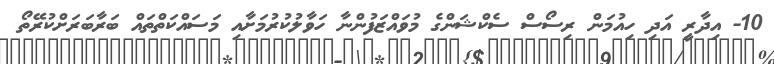
10- އިދާރީ އަދި ހިއުމަން ރިސޯސް ސެކްޝަންގެ މުވައްޒަފުންނާ ހަވާލުކުރުމަށާއި މަސައްކަތްތައް ބަރާބަރަށްކުރޭތޯ